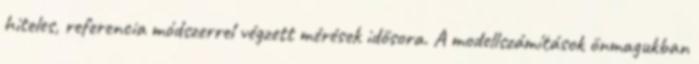
hiteles, referencia módszerrel végzett mérések idősora. A modellszámítások önmagukban